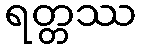
ရတ္တဿ